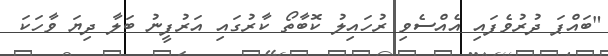
"ބައްޕަ ދުރުވެފައި އެއްސެވި ރުހައިލު ކޮބާތޯ ކާރުގައި އަރުފީނު ބަލާ ދިޔަ ވާހަކަ